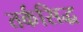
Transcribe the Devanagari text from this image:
तर्कसिद्ध